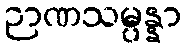
ဉာဏသမ္ပန္နာ